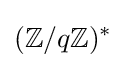
(\mathbb {Z} /q\mathbb {Z} )^{*}